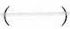
()